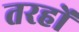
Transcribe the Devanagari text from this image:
तरहों